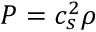
P = c _ { s } ^ { 2 } \rho